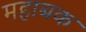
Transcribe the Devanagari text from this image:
महाबक